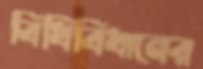
বিধিবিধানের